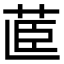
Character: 𮎽